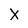
Character: X